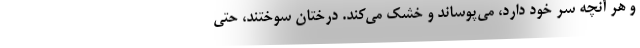
و هر آنچه سر خود دارد، مي‌پوساند و خشك مي‌كند. درختان سوختند، حتي